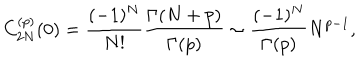
C _ { 2 N } ^ { ( p ) } ( 0 ) = { \frac { ( - 1 ) ^ { N } } { N ! } } { \frac { \Gamma ( N + p ) } { \Gamma ( p ) } } \sim { \frac { ( - 1 ) ^ { N } } { \Gamma ( p ) } } N ^ { p - 1 } ,